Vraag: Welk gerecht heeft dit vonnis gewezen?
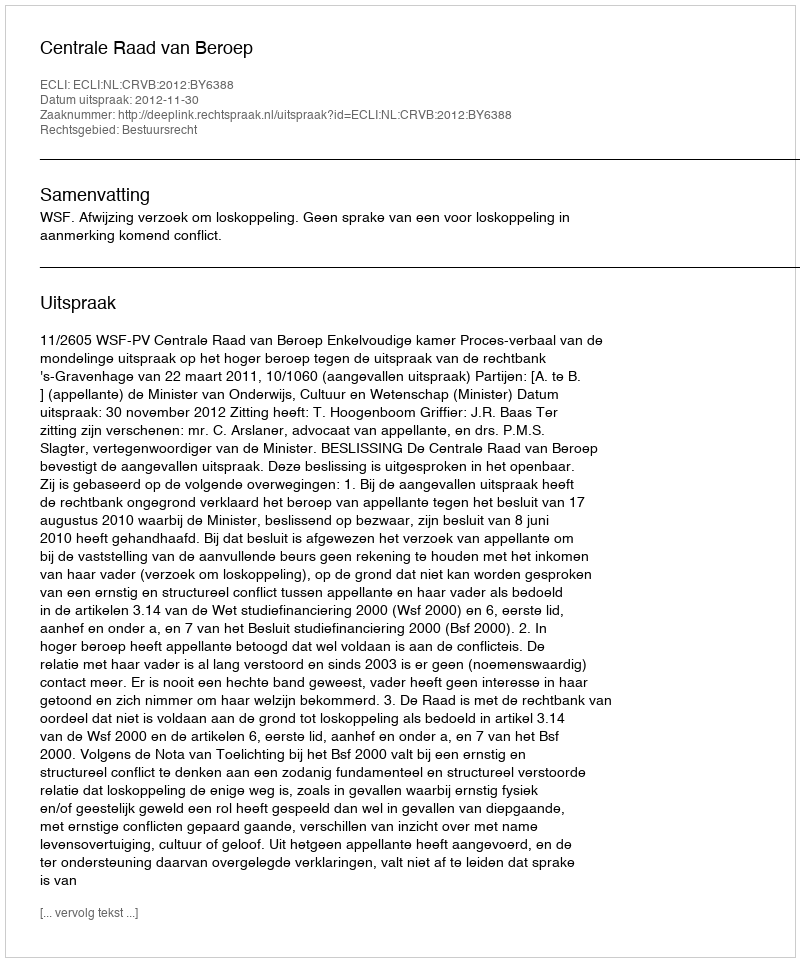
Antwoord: Centrale Raad van Beroep